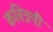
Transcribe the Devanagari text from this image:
कवित्रयी